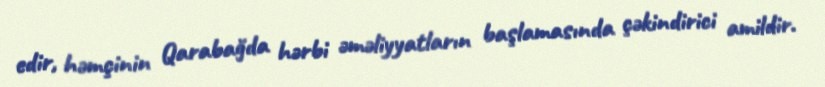
edir, həmçinin Qarabağda hərbi əməliyyatların başlamasında çəkindirici amildir.